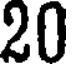
20